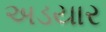
અડયાર